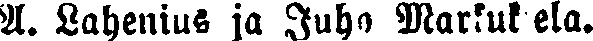
A. Lahenius ja Juho Markuksela